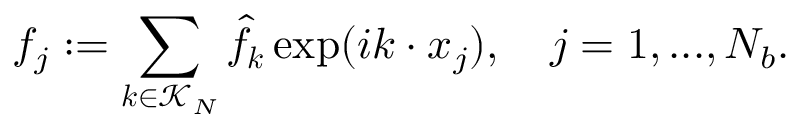
f _ { j } : = \sum _ { \boldsymbol k \in \mathcal { K } _ { N } } \hat { f } _ { \boldsymbol k } \exp ( i \boldsymbol k \cdot \boldsymbol x _ { j } ) , \quad j = 1 , . . . , N _ { b } .